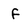
Character: f